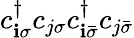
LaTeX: c_{\mathbf{i}\sigma}^{\dagger}c_{j\sigma}c_{\mathbf{i}\bar{{\sigma}}}^{\dagger}c_{j\bar{{\sigma}}}